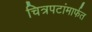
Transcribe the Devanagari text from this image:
चित्रपटांमार्फत